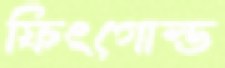
ফিংগোল্ড